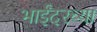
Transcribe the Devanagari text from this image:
भाईंदरच्या